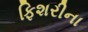
ફિશરીના